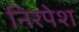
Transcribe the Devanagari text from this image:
निरपेश